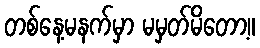
တစ်နေ့မနက်မှာ မမှတ်မိတော့။